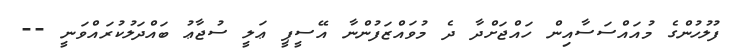
ފުލުހުންގެ މުއައްސަސާއިން ހައްޖަށްދާ ދެ މުވައްޒަފުންނާ އޭސީޕީ ޢަލީ ސުޖާޢު ބައްދަލުކުރައްވަނީ --